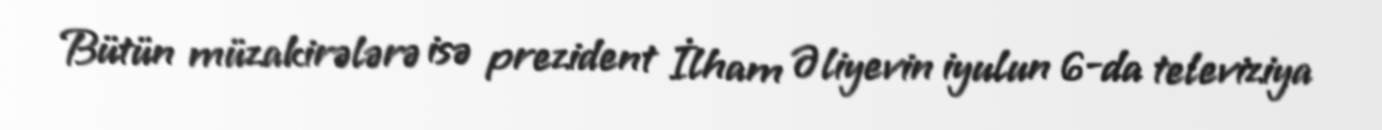
Bütün müzakirələrə isə prezident İlham Əliyevin iyulun 6-da televiziya